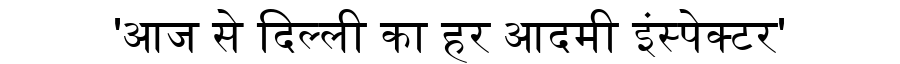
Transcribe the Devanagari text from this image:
'आज से दिल्ली का हर आदमी इंस्पेक्टर'